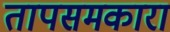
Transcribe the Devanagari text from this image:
तापसमकारा